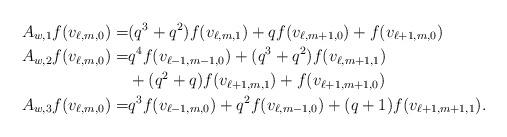
LaTeX: \begin{align*}A_{w,1}f(v_{\ell,m,0})=&(q^3+q^2)f(v_{\ell,m,1})+qf(v_{\ell,m+1,0})+f(v_{\ell+1,m,0})\\A_{w,2}f(v_{\ell,m,0})=&q^4f(v_{\ell-1,m-1,0})+(q^3+q^2)f(v_{\ell,m+1,1})\\&+(q^2+q)f(v_{\ell+1,m,1})+f(v_{\ell+1,m+1,0})\\A_{w,3}f(v_{\ell,m,0})=&q^3f(v_{\ell-1,m,0})+q^2f(v_{\ell,m-1,0})+(q+1)f(v_{\ell+1,m+1,1}).\end{align*}